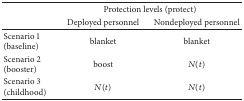
|  | <COLSPAN=2> Protection levels (protect) |
 |  | Deployed personnel | Nondeployed personnel |
 | --- | --- | --- |
 | Scenario 1 (baseline) | blanket | blanket |
 | Scenario 2 (booster) | boost | N(t) |
 | Scenario 3 (childhood) | N(t) | N(t) |